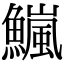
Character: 𫙹